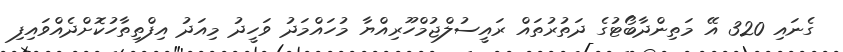
ގެނައި 320 އޭ މަތިންދާބޯޓުގެ ދަތުރުތައް ރައީސުލްޖުމްހޫރިއްޔާ މުހައްމަދު ވަހީދު މިއަދު އިފްތިތާހުކޮށްދެއްވައިފި